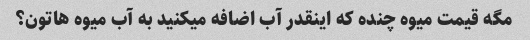
مگه قیمت میوه چنده که اینقدر آب اضافه میکنید به آب میوه هاتون؟